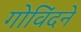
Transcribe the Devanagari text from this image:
गोविंदने